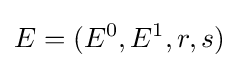
E=(E^{0},E^{1},r,s)